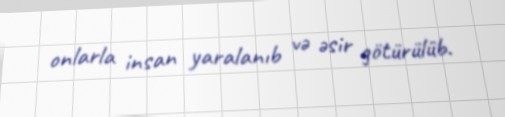
onlarla insan yaralanıb və əsir götürülüb.